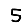
Digit: 5